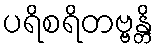
ပရိစရိတဗ္ဗန္တိ